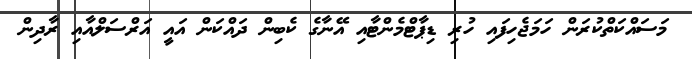
މަސައްކަތްކުރަން ހަމަޖެހިފައި ހުރި ޑިޕާޓްމެންޓާއި އޭނާގެ ކެބިން ދައްކަން އައީ އަރްސަލްއާއި ރާދިން